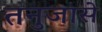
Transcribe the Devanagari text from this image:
तनुजासे